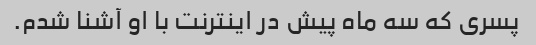
پسری که سه ماه پیش در اینترنت با او آشنا شدم.